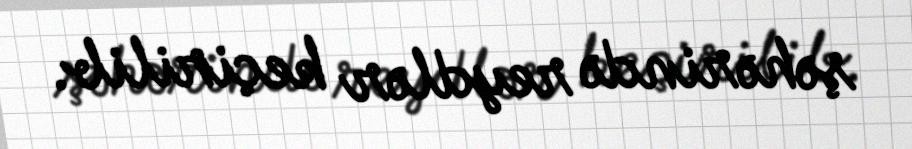
şəhərində reydlər keçirilib.